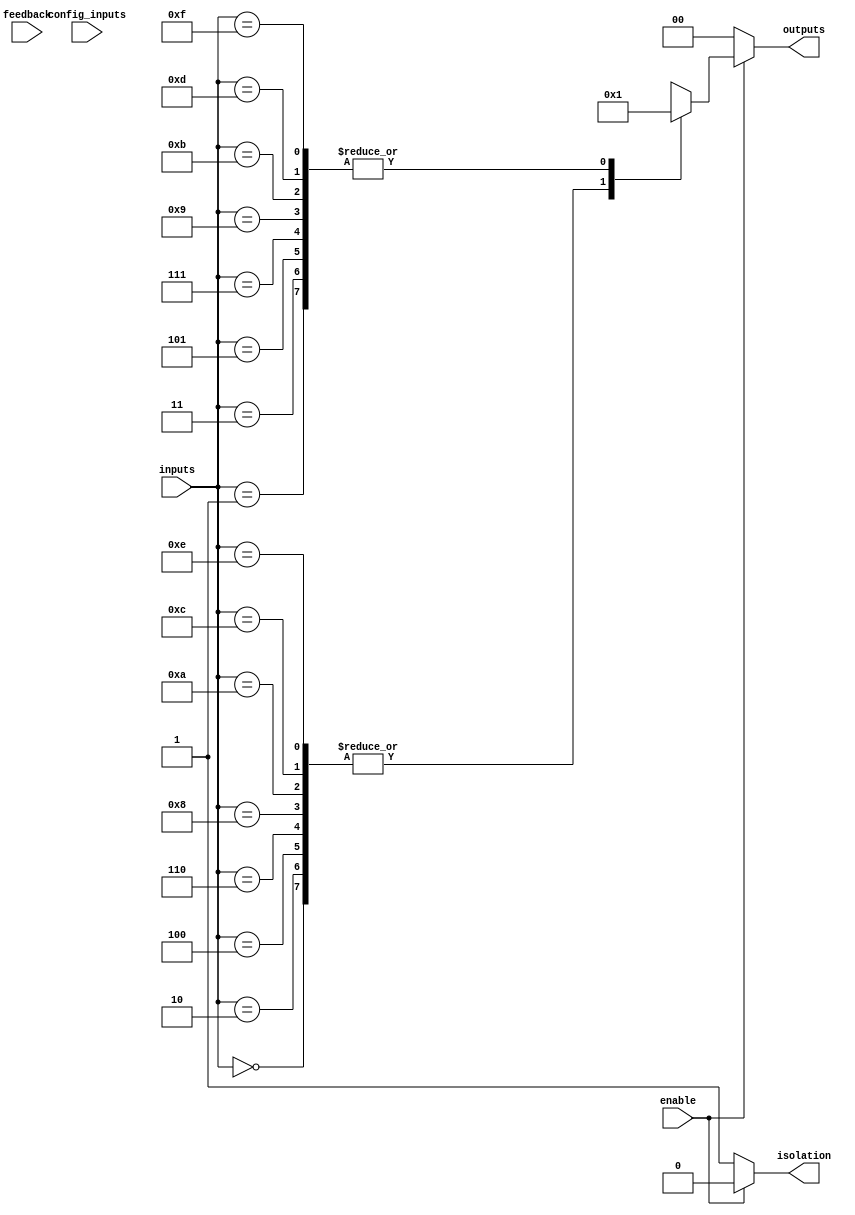
module CLB (
    input wire [N-1:0] inputs,          // N input signals
    input wire [M-1:0] config_inputs,   // M configuration inputs for LUT
    input wire enable,                   // Enable signal
    output reg [P-1:0] outputs,          // P output signals
    input wire feedback,                 // Feedback input for state retention
    output reg isolation                 // Isolation feature
);
    parameter N = 4;                    // Number of input signals
    parameter M = 16;                   // Number of configuration bits for LUT
    parameter P = 2;                    // Number of output signals

    reg [M-1:0] lut;                    // LUT configuration

    // LUT initialization (example configuration)
    initial begin
        lut = 16'b1010101010101010;      // Example LUT configuration
    end

    // Combinational logic implementation
    always @(*) begin
        if (enable) begin
            // Implement the LUT logic based on inputs and configuration
            case (inputs)
                4'b0000: outputs = lut[0] ? 1 : 0; // Example logic
                4'b0001: outputs = lut[1] ? 1 : 0;
                4'b0010: outputs = lut[2] ? 1 : 0;
                4'b0011: outputs = lut[3] ? 1 : 0;
                4'b0100: outputs = lut[4] ? 1 : 0;
                4'b0101: outputs = lut[5] ? 1 : 0;
                4'b0110: outputs = lut[6] ? 1 : 0;
                4'b0111: outputs = lut[7] ? 1 : 0;
                4'b1000: outputs = lut[8] ? 1 : 0;
                4'b1001: outputs = lut[9] ? 1 : 0;
                4'b1010: outputs = lut[10] ? 1 : 0;
                4'b1011: outputs = lut[11] ? 1 : 0;
                4'b1100: outputs = lut[12] ? 1 : 0;
                4'b1101: outputs = lut[13] ? 1 : 0;
                4'b1110: outputs = lut[14] ? 1 : 0;
                4'b1111: outputs = lut[15] ? 1 : 0;
                default: outputs = 0;
            endcase
        end else begin
            outputs = 0; // Disable outputs when not enabled
        end
    end

    // Feedback path implementation (if needed)
    always @(posedge feedback) begin
        // Logic to handle feedback can be implemented here
        // For example, you can modify the LUT or outputs based on feedback
    end

    // Isolation feature implementation
    always @(*) begin
        if (enable) begin
            isolation = 1'b0; // Active when enabled
        end else begin
            isolation = 1'b1; // Isolated when not enabled
        end
    end

endmodule